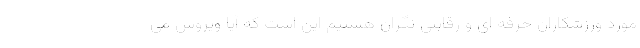
مورد ورزشکاران حرفه ای و رقابتی نگران هستیم این است که آیا ویروس می